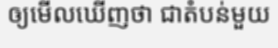
ឲ្យមើលឃើញថា ជាតំបន់មួយ